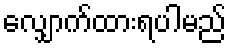
လျှောက်ထားရပါမည်